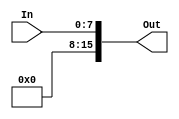
module ze16(
	input [7:0] In,
	output reg [15:0] Out
);


always @(In) begin
	Out <= { {8'b0}, In[7:0] };
end

endmodule